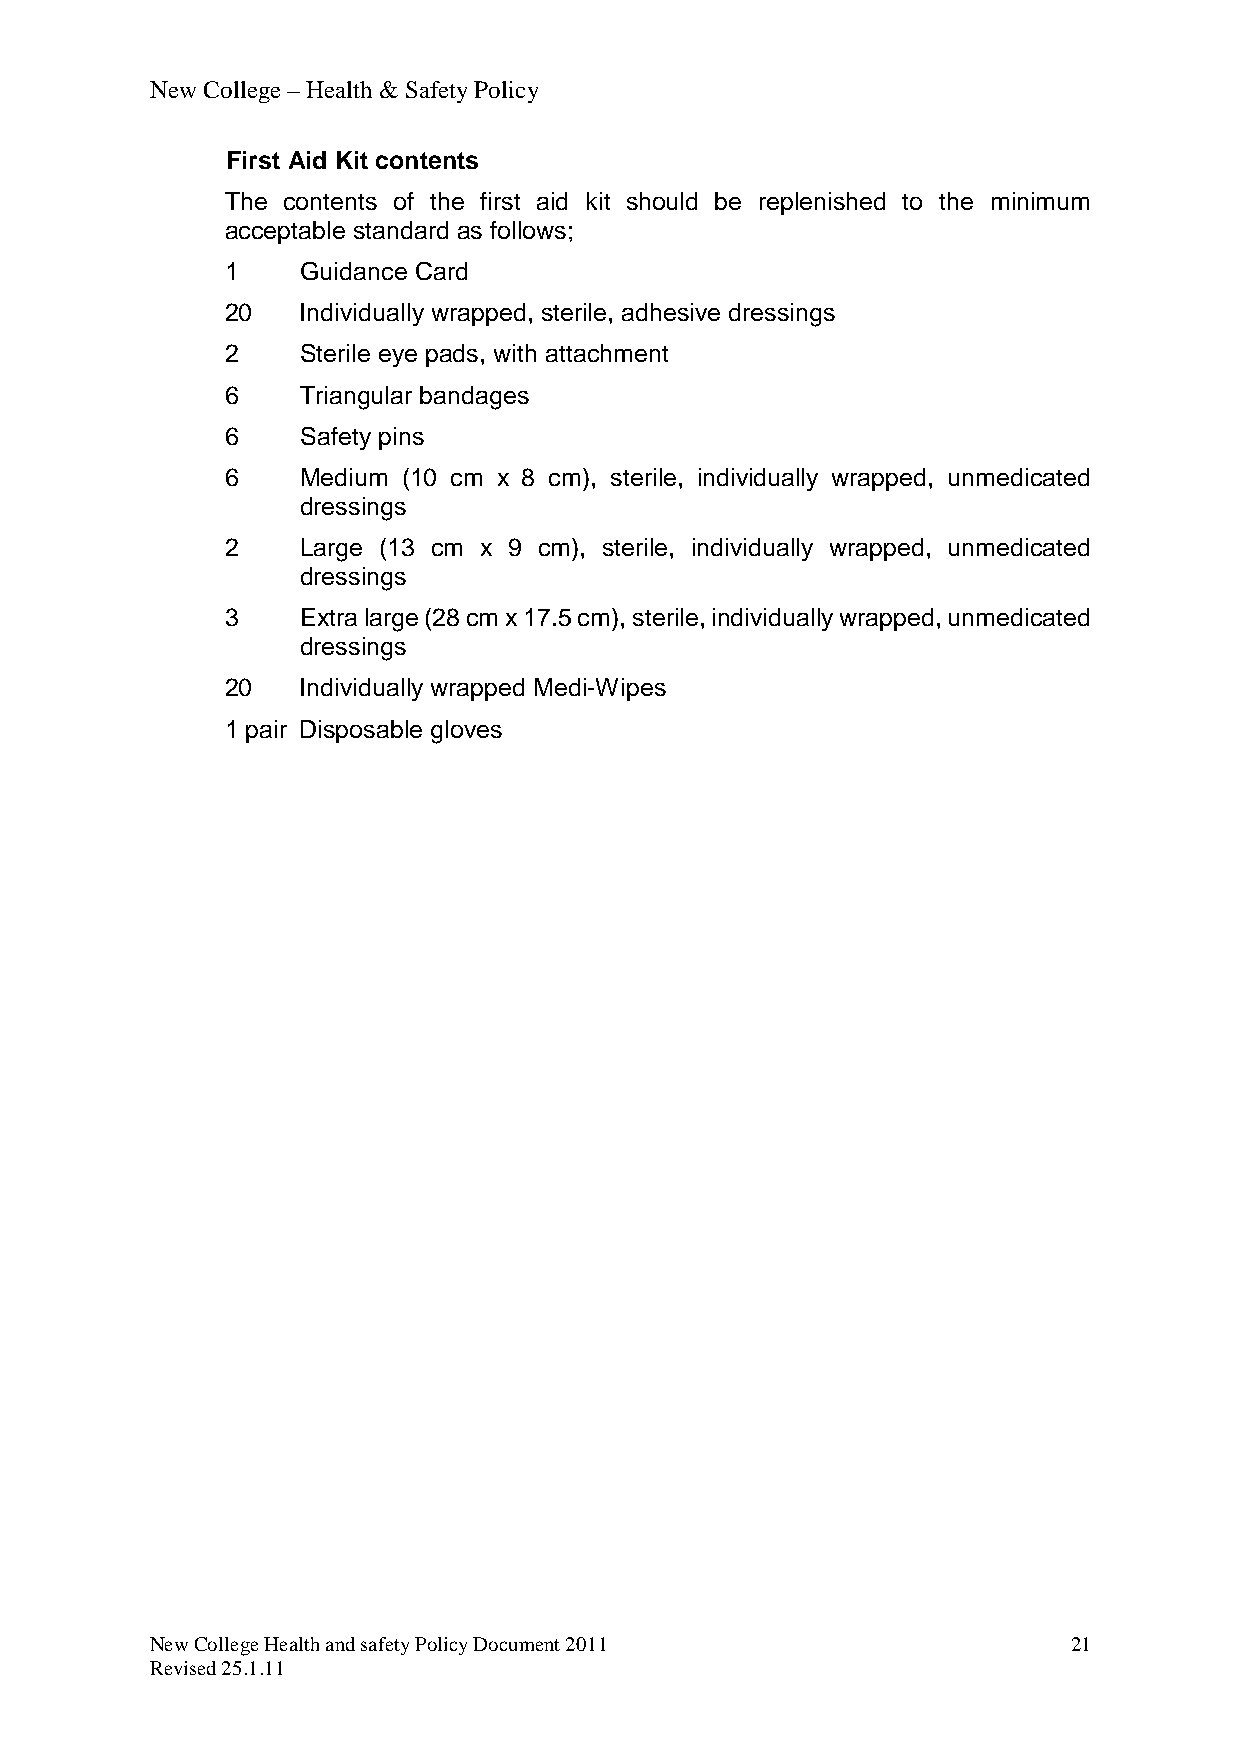
New College – Health & Safety Policy
 First Aid Kit contents
 The contents of the first aid kit should be replenished to the minimum
 acceptable standard as follows;
 1    Guidance Card
 20   Individually wrapped, sterile, adhesive dressings
 2    Sterile eye pads, with attachment
 6    Triangular bandages
 6    Safety pins
 6    Medium (10 cm x 8 cm), sterile, individually wrapped, unmedicated
 dressings
 2    Large (13 cm x 9 cm), sterile, individually wrapped, unmedicated
 dressings
 3    Extra large (28 cm x 17.5 cm), sterile, individually wrapped, unmedicated
 dressings
 20   Individually wrapped Medi-Wipes
 1 pair Disposable gloves
 New College Health and safety Policy Document 2011           21
 Revised 25.1.11